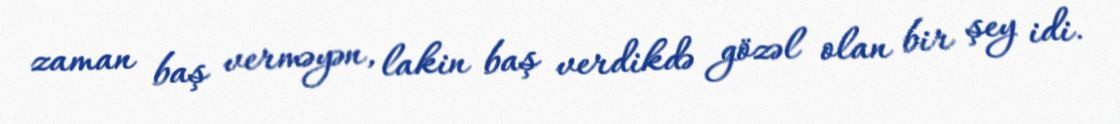
zaman baş verməyən, lakin baş verdikdə gözəl olan bir şey idi.